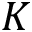
K